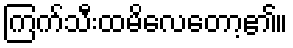
ကြက်သီးထမိလေတော့၏။